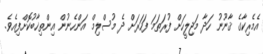
އެމެރިކާގެ ޤާނޫނު ހަދާ މަޖިލީހަށް ފުރަތަމަ ފަހަރަށް ދެ މުސްލިމް އަންހެނުން އިންތިޚާބުކޮށްފިއެވެ.